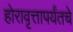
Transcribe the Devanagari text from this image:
होरावृत्तापर्यंतचे